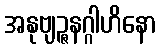
အနုဗျဉ္ဇနဂ္ဂါဟိနော